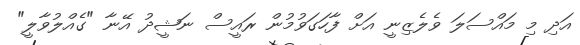
އަދި މި މައްސަލަ ވެލެޒިނީ އަށް ފާހަގަވުމުން ރައީސް ނަޝީދު އޭނާ "ގެއްލުވާލީ"